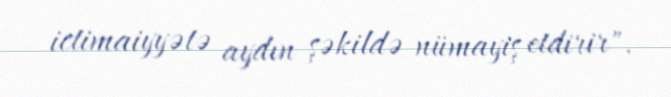
ictimaiyyətə aydın şəkildə nümayiş etdirir".